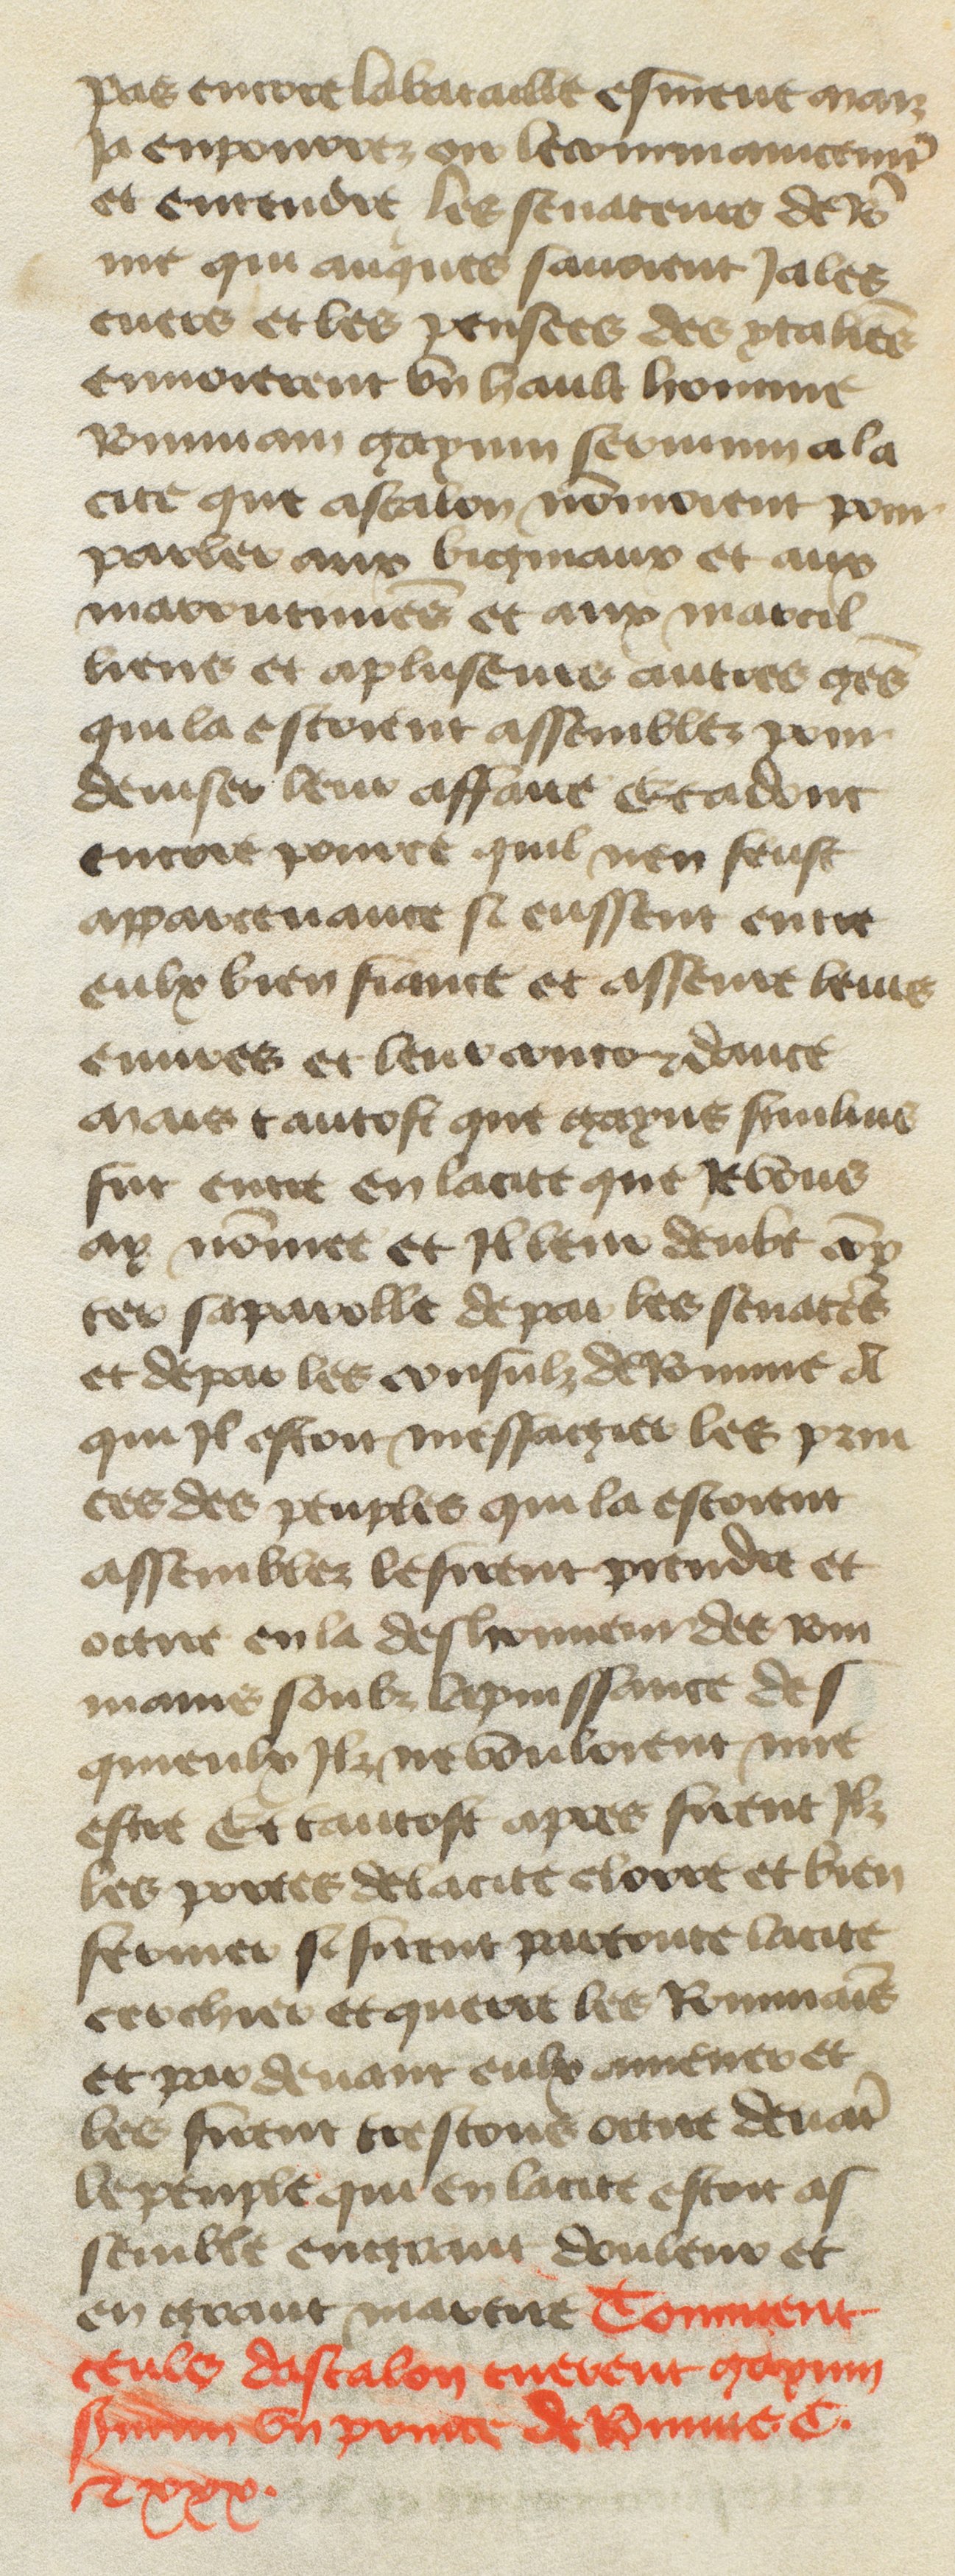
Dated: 1400–1449